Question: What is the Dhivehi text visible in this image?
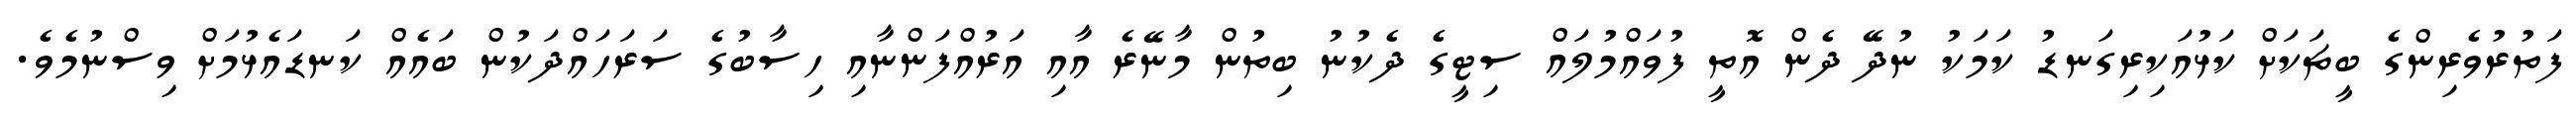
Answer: ފަތުރުވެރިންގެ ބީޗަކަށް ކަޅުއަކިރިގަނޑު ކަމަކު ނުދޭ ދެން އޮތީ ފުވައްމުލައް ސިޓީގެ ދެކުނު ބިތުން މާނޭރެ އާއި އަރުއްފަންނާއި ހިސާބުގެ ސަރަހައްދަކުން ބައެއް ކަނޑައެޅުމަށް ވިސްނުމެވެ.